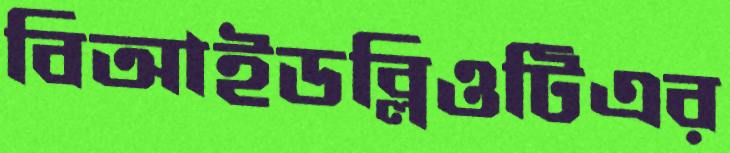
বিআইডব্লিওটিএর